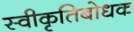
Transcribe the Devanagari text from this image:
स्वीकृतिबोधक